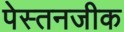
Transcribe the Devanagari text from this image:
पेस्तनजीक